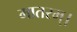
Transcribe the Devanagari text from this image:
मातरम्‌।